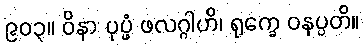
၉၀၃။ ဝိနာ ပုပ္ဖံ ဖလဂ္ဂါဟိ၊ ရုက္ခေ ဝနပ္ပတိ။